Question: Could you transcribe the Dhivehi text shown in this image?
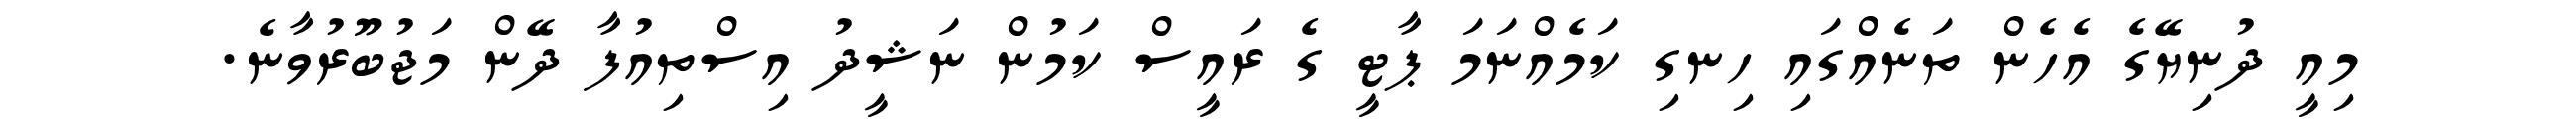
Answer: މިއީ ދުނިޔޭގެ އެހެން ތަނެއްގައި ހިނގި ކަމެއްނަމަ ޕާޓީ ގެ ރައީސް ކަމުން ނަޝީދު އިސްތިއުފާ ދޭން މަޖުބޫރުވާނެ.